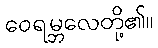
ဝေရမ္ဘလေတို့၏။